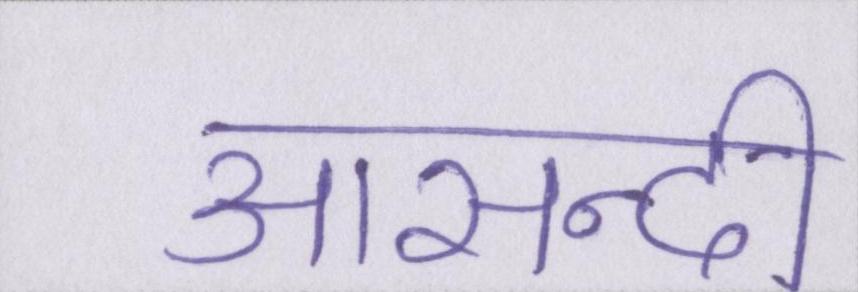
आसन्दी